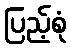
ပြည့်စုံ